Annual report of the Prince of Wales Medical College, Patna
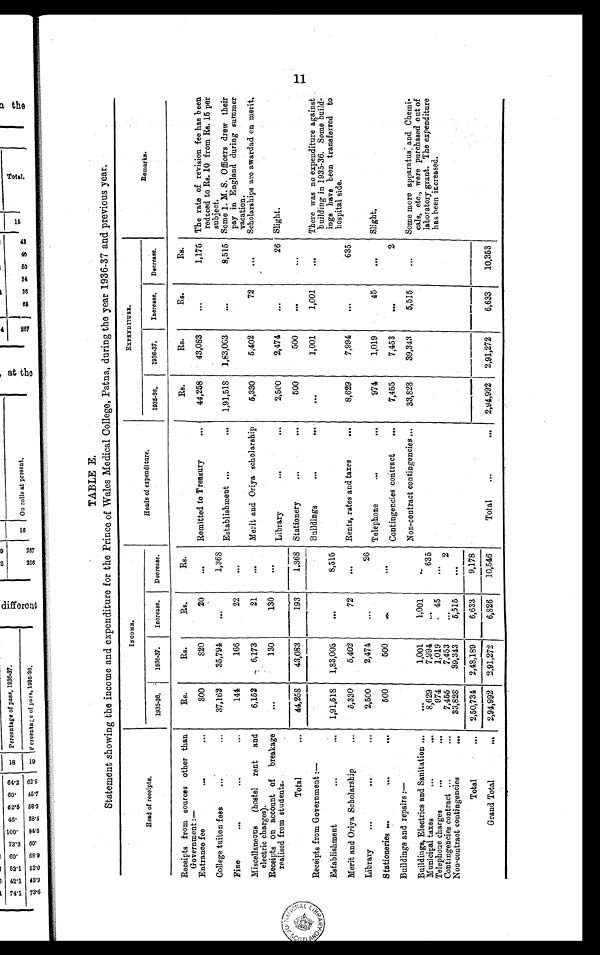
TABLE E.
Statement showing the income and expenditure for the Prince of Wales Medical College, Patna, during the year 1936–37 and previous year.
Head of receipts.
INCOME.
Heads of expenditure.
E X P E N D I T U R E .
Remarks.
1935–36.
1936–37.
Increase.
Decrease.
1935–36.
1936–37.
Increase.
Decrease.
Receipts from sources other than
Government:—
Rs.
Rs.
Rs.
Rs.
Rs.
Rs.
Rs.
Rs.
Entrance fee
...
. . .
800
820
20
. . . Remitted to Treasury
. . .
44,258
43,083
. . .
1,175 The rate of revision fee has been
reduced to Rs. 10 from Rs. 15 per
subject.
College tuiton fees
. . .
. . .
37,162
35,794
. . .
1,368
Establishment ...
...
1,91,518
1,83,003
...
8,515
Fine
. . .
. . .
. . .
144
166
22
. . .
Some 1. M. S. Officers drew their
pay in England during summer
vacation.
Miscellaneous (hostel rent and
electric charges).
6,152
6,173
21
. . . Merit and Oriya scholarship
5,330
5,402
72
. . .
Scholarships are awardad on merit.
Receipts on account of breakage
realised from students.
. . .
130
130
. . .
Library
...
. . .
2,500
2,474
...
26 Slight.
Total
...
44,258
43,083
193
1,368 Stationery
. . .
. . .
500
500
. . .
...
Receipts from Government:—
Buildings
...
...
. . .
1,001
1,001
. . .
There was no expenditure against
building in 1935–36. Some build-
ings have been transferred to
hospital side.
Establishment
...
...
1,91,518
1,83,003
. . .
8,515
Merit and Oriya Scholarship
. . .
5,330
5,402
72
. . . Rents, rates and taxes
. . .
8,629
7,994
. . .
635
Library
. . .
. . .
...
2,500
2,474
...
26
Telephone
..
. . .
974
1,019
45
. . .
Slight.
Stationeries ...
. . .
. . .
500
500
. . .
...
Contingencies contract
...
7,455
7,453
. . .
2
Buildings and repairs:—
Non-contract contingencies ...
33,828
39,343
5,515
...
Some more apparatus and Chemi-
cals, etc., were purchased out of
laboratory grant. The expenditure
has been increased.
Buildings, Electrics and Sanitation ...
. . .
1,001
1,001
...
Municipal taxes
...
. . .
8,629
7,994
. . .
635
Telephone charges
. . .
. . .
974
1,019
45
...
Contingencies contract ...
. . .
7,455
7,453
. . .
2
Non-contract contingencies
. . .
33,828
39,343
5,515
. . .
Total
. . .
2,50,734
2,48,189
6,633
9,178
Grand Total
...
2,94,992
2,91,272
6,826
10,546
Total
...
...
2,94,992
2,91,272
6,633
10,353
NATI ONAL LI BRARY OF S COTLAND
11